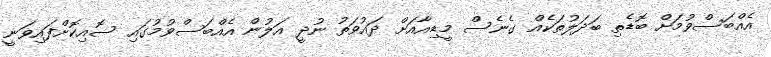
އެއްބަސްވުމަށް ބޮޑެތި ބަދަލުތަކެއް ގެނެސް މީޑިއާއަށް ދައުވަތު ނުދީ އަލުން އެއްބަސްވުމުގައި ސޮއިކޮށްފައިވަނީ